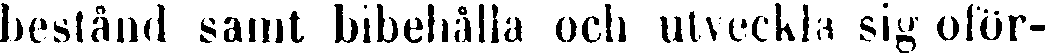
bestånd samt bibehålla och utveckla sig oför-